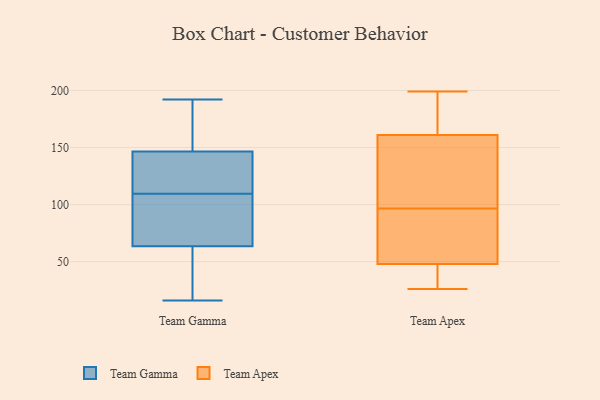
{"axis": {"x": "Net Income (USD K)", "y": "Value"}, "legend": ["Team Apex", "Team Gamma"], "data": [{"x": "", "y": 137, "type": "Team Gamma"}, {"x": "", "y": 186, "type": "Team Gamma"}, {"x": "", "y": 116, "type": "Team Gamma"}, {"x": "", "y": 91, "type": "Team Gamma"}, {"x": "", "y": 136, "type": "Team Gamma"}, {"x": "", "y": 156, "type": "Team Gamma"}, {"x": "", "y": 44, "type": "Team Gamma"}, {"x": "", "y": 36, "type": "Team Gamma"}, {"x": "", "y": 103, "type": "Team Gamma"}, {"x": "", "y": 16, "type": "Team Gamma"}, {"x": "", "y": 83, "type": "Team Gamma"}, {"x": "", "y": 192, "type": "Team Gamma"}, {"x": "", "y": 62, "type": "Team Apex"}, {"x": "", "y": 112, "type": "Team Apex"}, {"x": "", "y": 101, "type": "Team Apex"}, {"x": "", "y": 190, "type": "Team Apex"}, {"x": "", "y": 158, "type": "Team Apex"}, {"x": "", "y": 65, "type": "Team Apex"}, {"x": "", "y": 48, "type": "Team Apex"}, {"x": "", "y": 92, "type": "Team Apex"}, {"x": "", "y": 26, "type": "Team Apex"}, {"x": "", "y": 161, "type": "Team Apex"}, {"x": "", "y": 84, "type": "Team Apex"}, {"x": "", "y": 30, "type": "Team Apex"}, {"x": "", "y": 199, "type": "Team Apex"}, {"x": "", "y": 111, "type": "Team Apex"}, {"x": "", "y": 189, "type": "Team Apex"}, {"x": "", "y": 184, "type": "Team Apex"}, {"x": "", "y": 26, "type": "Team Apex"}, {"x": "", "y": 33, "type": "Team Apex"}]}